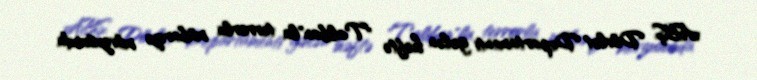
ABŞ Dövlət Departamenti gələn həftə "Taliban"la terrorla mübarizə mövzusunda